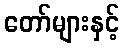
တော်များနှင့်